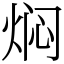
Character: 焖